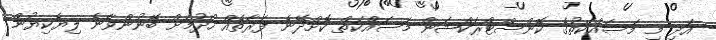
އަދި މި މަސައްކަތުގެ ކޮންސްޓްރަކްޝަން މަސައްކަތް ކޮށްދޭނެ ފަރާތެއް ހޯދުމަށް ބޭނުންވާނެ ލިޔެކިޔުން